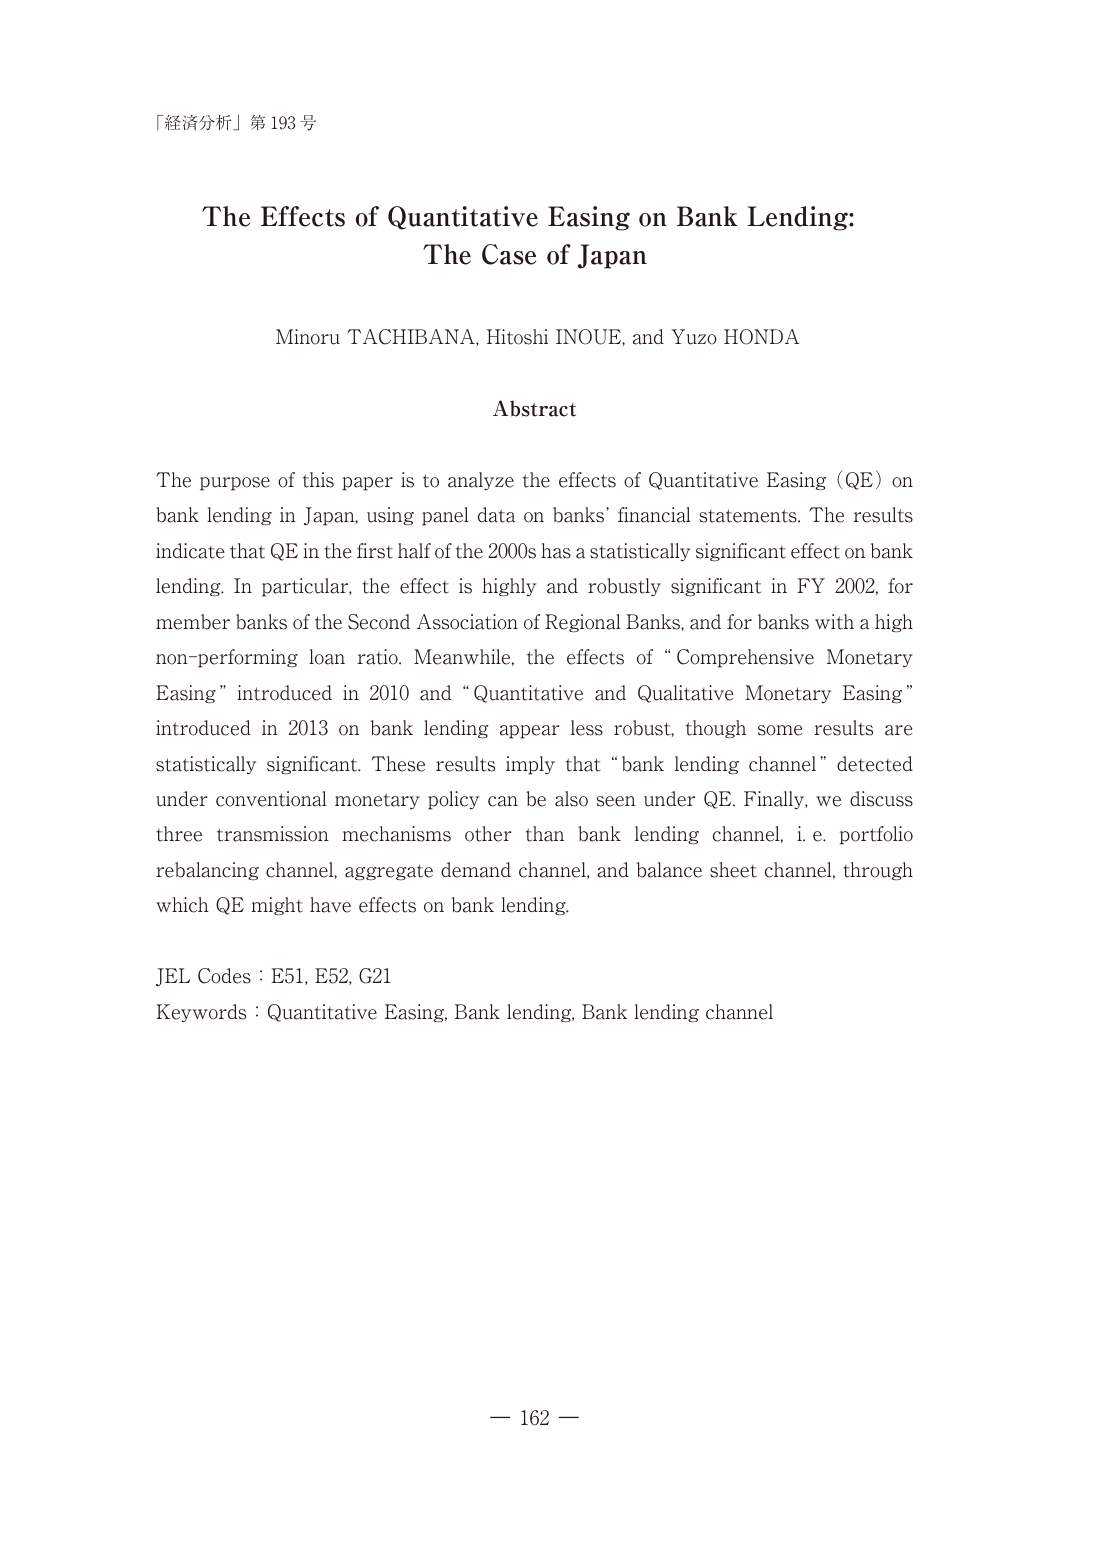
「経済分析」第193号

The Effects of Quantitative Easing on Bank Lending:
The Case of Japan

Minoru TACHIBANA, Hitoshi INOUE, and Yuzo HONDA

Abstract

The purpose of this paper is to analyze the effects of Quantitative Easing (QE) on bank lending in Japan, using panel data on banks’ financial statements. The results indicate that QE in the first half of the 2000s has a statistically significant effect on bank lending. In particular, the effect is highly and robustly significant in FY 2002, for member banks of the Second Association of Regional Banks, and for banks with a high non-performing loan ratio. Meanwhile, the effects of “Comprehensive Monetary Easing” introduced in 2010 and “Quantitative and Qualitative Monetary Easing” introduced in 2013 on bank lending appear less robust, though some results are statistically significant. These results imply that “bank lending channel” detected under conventional monetary policy can be also seen under QE. Finally, we discuss three transmission mechanisms other than bank lending channel, i.e. portfolio rebalancing channel, aggregate demand channel, and balance sheet channel, through which QE might have effects on bank lending.

JEL Codes : E51, E52, G21
Keywords : Quantitative Easing, Bank lending, Bank lending channel

— 162 —